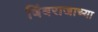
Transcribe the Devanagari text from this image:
बिंबराजाच्या